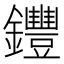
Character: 𨰘